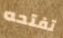
تفتحه